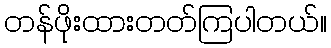
တန်ဖိုးထားတတ်ကြပါတယ်။